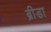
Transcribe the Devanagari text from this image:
ब्रीडा